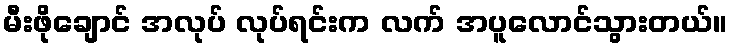
မီးဖိုချောင် အလုပ် လုပ်ရင်းက လက် အပူလောင်သွားတယ်။